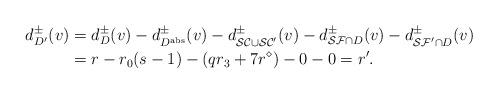
\begin{align*}d_{D'}^\pm(v)&=d_D^\pm(v)-d_{D^{\rm abs}}^\pm(v)-d_{\mathcal{SC}\cup\mathcal{SC}'}^\pm(v)-d_{\mathcal{SF}\cap D}^\pm(v)-d_{\mathcal{SF}'\cap D}^\pm(v)\\&=r-r_0(s-1)-(qr_3+7r^\diamond)-0-0=r'.\end{align*}